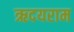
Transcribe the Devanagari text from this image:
ऋदयराम